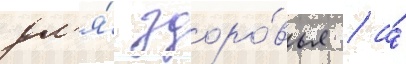
дл'я́ здоро́вья / а́